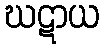
ဃဋာယ